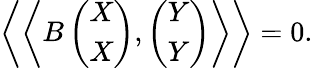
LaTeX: \left\langle\left\langle B\left(\begin{array}{c}{{X}}\\ {{X}}\end{array}\right),\left(\begin{array}{c}{{Y}}\\ {{Y}}\end{array}\right)\right\rangle\right\rangle=0.